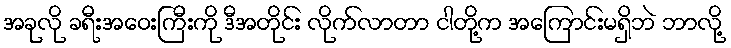
အခုလို ခရီးအဝေးကြီးကို ဒီအတိုင်း လိုက်လာတာ ငါတို့က အကြောင်းမရှိဘဲ ဘာလို့